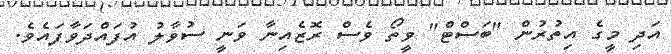
އަދި މީގެ އިތުރުން "ބަސްޓް" ވީތޯ ވެސް ރޮޒެއިނާ ވަނީ ސުވާލު އުފައްދަވާފައެވެ.